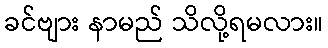
ခင်ဗျား နာမည် သိလို့ရမလား။